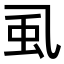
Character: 虱